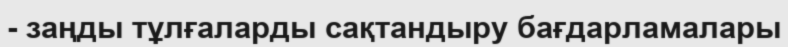
- заңды тұлғаларды сақтандыру бағдарламалары